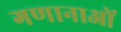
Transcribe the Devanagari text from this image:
गणानाओं